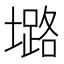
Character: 𱘅